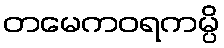
တမေကဝရကမ္ပိ